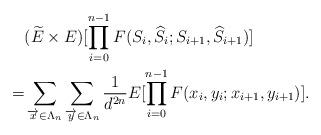
LaTeX: \begin{align*}&(\widetilde{E}\times E)[\prod_{i=0}^{n-1}F(S_i,\widehat{{S}}_i;S_{i+1},\widehat{S}_{i+1})]\\=&\sum_{\overrightarrow{x}\in\Lambda_n}\sum_{\overrightarrow{y}\in\Lambda_n}\frac{1}{d^{2n}}E[\prod_{i=0}^{n-1}F(x_i,y_i;x_{i+1},y_{i+1})].\end{align*}